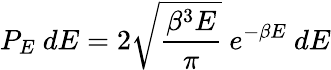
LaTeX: P_{E}~dE=2{\sqrt{\frac{\beta^{3}E}{\pi}}}~e^{-\beta E}~dE